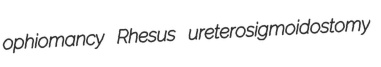
ophiomancy Rhesus ureterosigmoidostomy